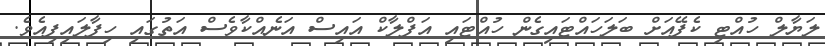
ލަޔާލް ހުއްޓި ކެފޭއަށް ބަލަހައްޓައިގެން ހުއްޓައި އަފްލާކް އައިސް އަނެއްކާވެސް އަތުގައި ހިފާލައިފިއެވެ.